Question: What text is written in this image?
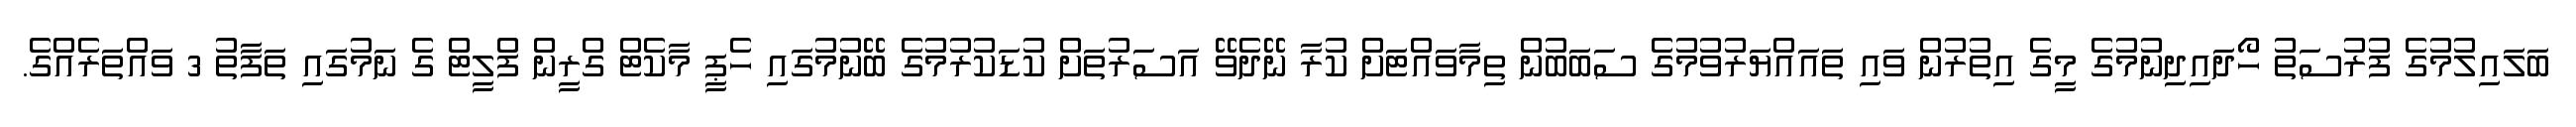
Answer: ބަލައިލުމުގެ ފުރުސަތު ހޯދައިދިނުމުގެ މީގެ އިތުރުން ވައި ތައައްޔަރުވުމުގެ ސަބަބުން ތިމާވައްޓަށް ކުރާ ނޭދެވޭ އަސަރުތަށް ކުޑަކުރުމުގެ ބޭނުމުގައި ހެޕީ މާކެޓް ގްރީން ފްލީޓް ގެ ނަމުގައި ތަފާތު 3 ވައްތަރެއްގެ.